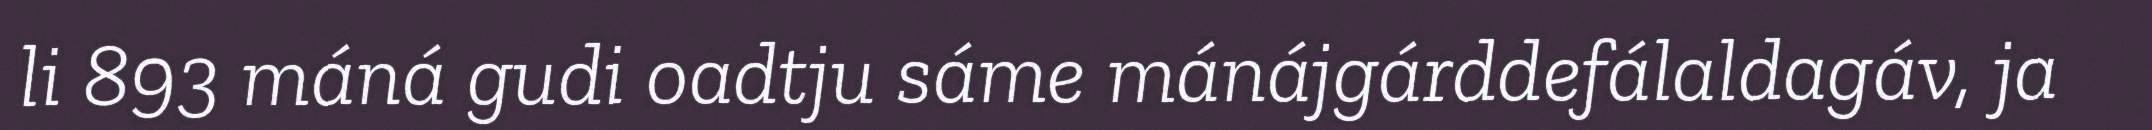
li 893 máná gudi oadtju sáme mánájgárddefálaldagáv, ja